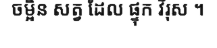
ចម្អិន សត្វ ដែល ផ្ទុក វីរុស ។